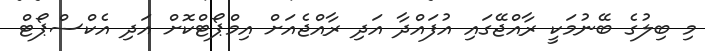
މި ބިލުގެ ބޭނުމަކީ ރާއްޖޭގައި އުފައްދާ އަދި ރާއްޖެއަށް އިމްޕޯޓްކޮށް އަދި އެކްސްޕޯޓް